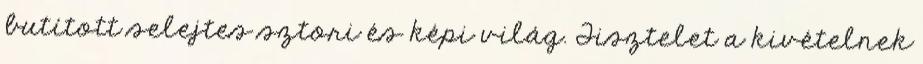
butított selejtes sztori és képi világ. Tisztelet a kivételnek